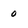
Character: 0